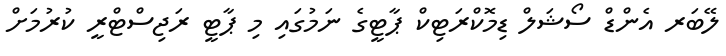
ލޭބަރ އެންޑް ސޯޝަލް ޑިމޮކްރަޓިކް ޕާޓީގެ ނަމުގައި މި ޕާޓީ ރަޖިސްޓްރީ ކުރުމަށް